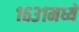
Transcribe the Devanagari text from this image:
१६३१मध्ये